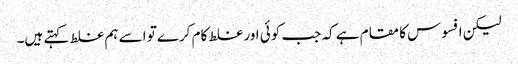
لیکن افسوس کا مقام ہے کہ جب کوئی اور غلط کام کرے تو اسے ہم غلط کہتے ہیں۔